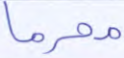
محرما